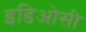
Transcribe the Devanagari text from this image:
इडिओसी